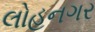
લોહનગર